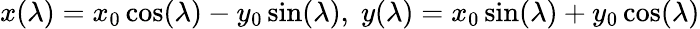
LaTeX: x(\lambda)=x_{0}\cos(\lambda)-y_{0}\sin(\lambda),\; y(\lambda)=x_{0}\sin(\lambda)+y_{0}\cos(\lambda)